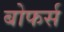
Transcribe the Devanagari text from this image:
बोफर्स